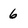
Character: 6